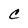
Character: C